Annual administration report of the Civil Veterinary Department of India - 1893-1894
Year: 1893
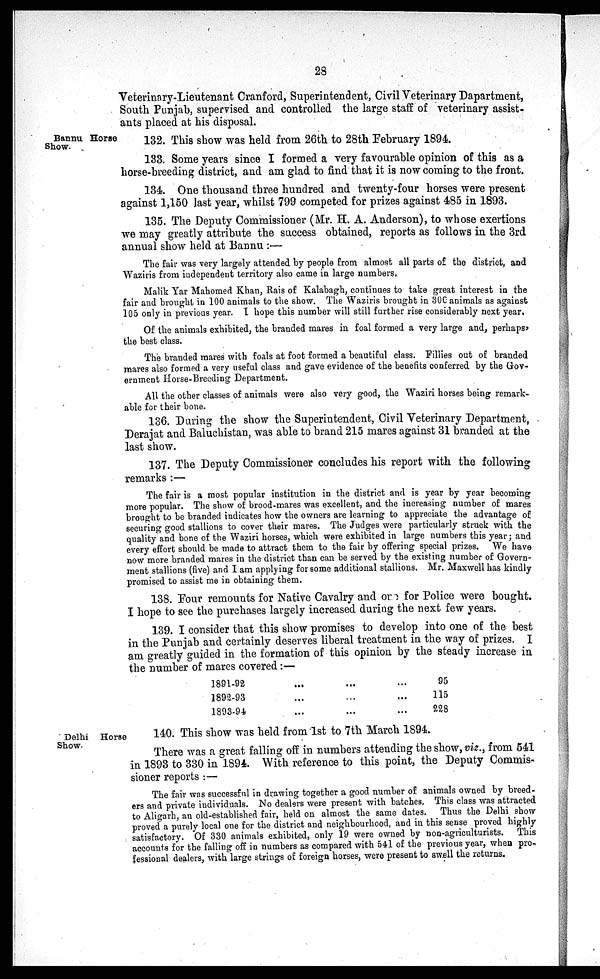
28
Veterinary-Lieutenant Cranford, Superintendent, Civil Veterinary Dapartment,
South Punjab, supervised and controlled the large staff of veterinary assist-
ants placed at his disposal.
Bannu Horse
Show.
132. This show was held from 26th to 28th February 1894.
133. Some years since I formed a very favourable opinion of this as a
horse-breeding district, and am glad to find that it is now coming to the front.
134. One thousand three hundred and twenty-four horses were present
against 1,150 last year, whilst 799 competed for prizes against 485 in 1893.
135. The Deputy Commissioner (Mr. H. A. Anderson), to whose exertions
we may greatly attribute the success obtained, reports as follows in the 3rd
annual show held at Bannu:—
The fair was very largely attended by people from almost all parts of the district, and
Waziris from independent territory also came in large numbers,
Malik Yar Mahomed Khan, Rais of Kalabagh, continues to take great interest in the
fair and brought in 100 animals to the show. The Waziris brought in 300 animals as against
105 only in previous year. I hope this number will still further rise considerably next year.
Of the animals exhibited, the branded mares in foal formed a very large and, perhaps,
the best class.
The branded mares with foals at foot formed a beautiful class. Fillies out of branded
mares also formed a very useful class and gave evidence of the benefits conferred by the Gov-
ernment Horse-Breeding Department.
All the other classes of animals were also very good, the Waziri horses being remark-
able for their bone.
136. During the show the Superintendent, Civil Veterinary Department,
Derajat and Baluchistan, was able to brand 215 mares against 31 branded at the
last show.
137. The Deputy Commissioner concludes his report with the following
remarks:—
The fair is a most popular institution in the district and is year by year becoming
more popular. The show of brood-mares was excellent, and the increasing number of mares
brought to be branded indicates how the owners are learning to appreciate the advantage of
securing good stallions to cover their mares. The Judges were particularly struck with the
quality and bone of the Waziri horses, which were exhibited in large numbers this year; and
every effort should be made to attract them to the fair by offering special prizes. We have
now more branded mares in the district than can be served by the existing number of Govern-
ment stallions (five) and I am applying for some additional stallions. Mr. Maxwell has kindly
promised to assist me in obtaining them.
138. Four remounts for Native Cavalry and one for Police were bought.
I hope to see the purchases largely increased during the next few years.
139. I consider that this show promises to develop into one of the best
in the Punjab and certainly deserves liberal treatment in the way of prizes. I
am greatly guided in the formation of this opinion by the steady increase in
the number of mares covered:—
1891-92
1892-93
1893-94
... ...
...
...
...
...
95
115
228
Delhi Horse
Show.
140. This show was held from 1st to 7th March 1894.
There was a great falling off in numbers attending the show, viz., from 541
in 1893 to 330 in 1894. With reference to this point, the Deputy Commis-
sioner reports:—
The fair was successful in drawing together a good number of animals owned by breed-
ers and private individuals. No dealers were present with batches. This class was attracted
to Aligarh, an old-established fair, held on almost the same dates. Thus the Delhi show
proved a purely local one for the district and neighbourhood, and in this sense proved highly
satisfactory. Of 330 animals exhibited, only 19 were owned by non-agriculturists. This
accounts for the falling off in numbers as compared with 541 of the previous year, when pro-
fessional dealers, with large strings of foreign horses, were present to swell the returns.